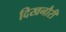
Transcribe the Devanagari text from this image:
दिखनौरी